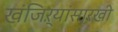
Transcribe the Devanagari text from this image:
खंजिऱ्यांसारखी